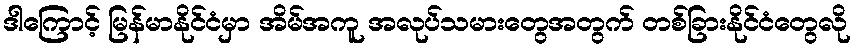
ဒါကြောင့် မြန်မာနိုင်ငံမှာ အိမ်အကူ အလုပ်သမားတွေအတွက် တစ်ခြားနိုင်ငံတွေလို